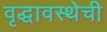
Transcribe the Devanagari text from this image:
वृद्धावस्थेची